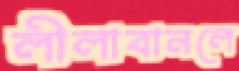
লীলাবানলে